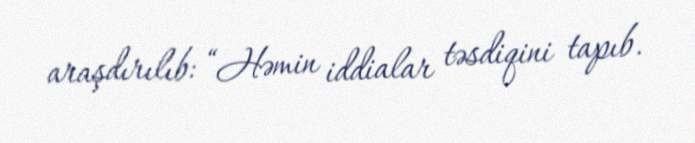
araşdırılıb: “Həmin iddialar təsdiqini tapıb.